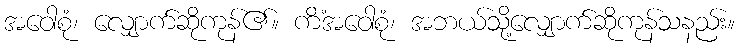
အဝေါစုံ၊ လျှောက်ဆိုကုန်၏။ ကိံအဝေါစုံ၊ အဘယ်သို့လျှောက်ဆိုကုန်သနည်း။